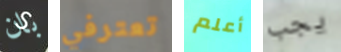
بان تعترفي أعلم يجب